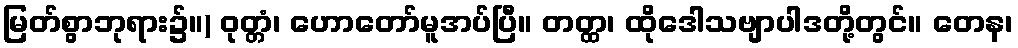
မြတ်စွာဘုရား၌။) ဝုတ္တံ၊ ဟောတော်မူအပ်ပြီ။ တတ္ထ၊ ထိုဒေါသဗျာပါဒတို့တွင်။ တေန၊